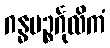
ဂန္ဓပဉ္စင်္ဂုလိကံ